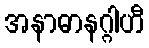
အနာဓာနဂ္ဂါဟီ